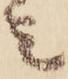
ミ